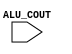
module ALU(ALU_COUT);
    input ALU_COUT;


endmodule